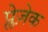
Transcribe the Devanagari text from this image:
प्लेज़ेक